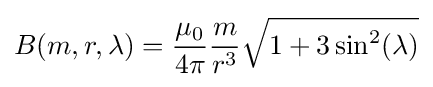
B(m,r,\lambda )={\frac {\mu _{0}}{4\pi }}{\frac {m}{r^{3}}}{\sqrt {1+3\sin ^{2}(\lambda )}}